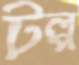
টল্প